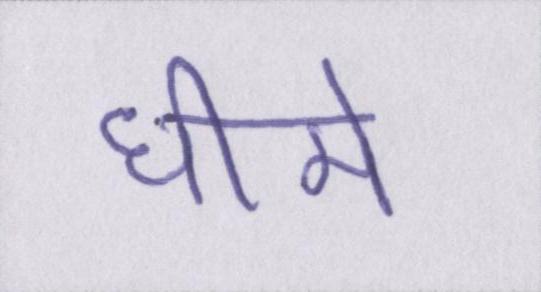
धीमे